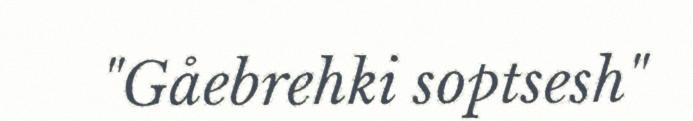
"Gåebrehki soptsesh"